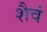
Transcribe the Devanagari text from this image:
शैवं